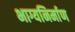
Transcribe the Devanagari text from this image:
भाग्यनिर्माण